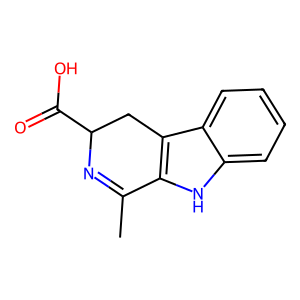
SMILES: CC1=NC(C(=O)O)Cc2c1[nH]c1ccccc21
Inhibits HIV replication: No